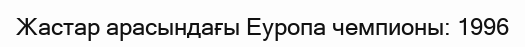
Жастар арасындағы Еуропа чемпионы: 1996